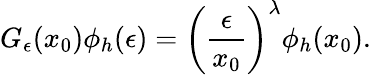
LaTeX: G_{\epsilon}(x_{0})\phi_{h}(\epsilon)=\left({\frac{\epsilon}{x_{0}}}\right)^{\lambda}\phi_{h}(x_{0}).